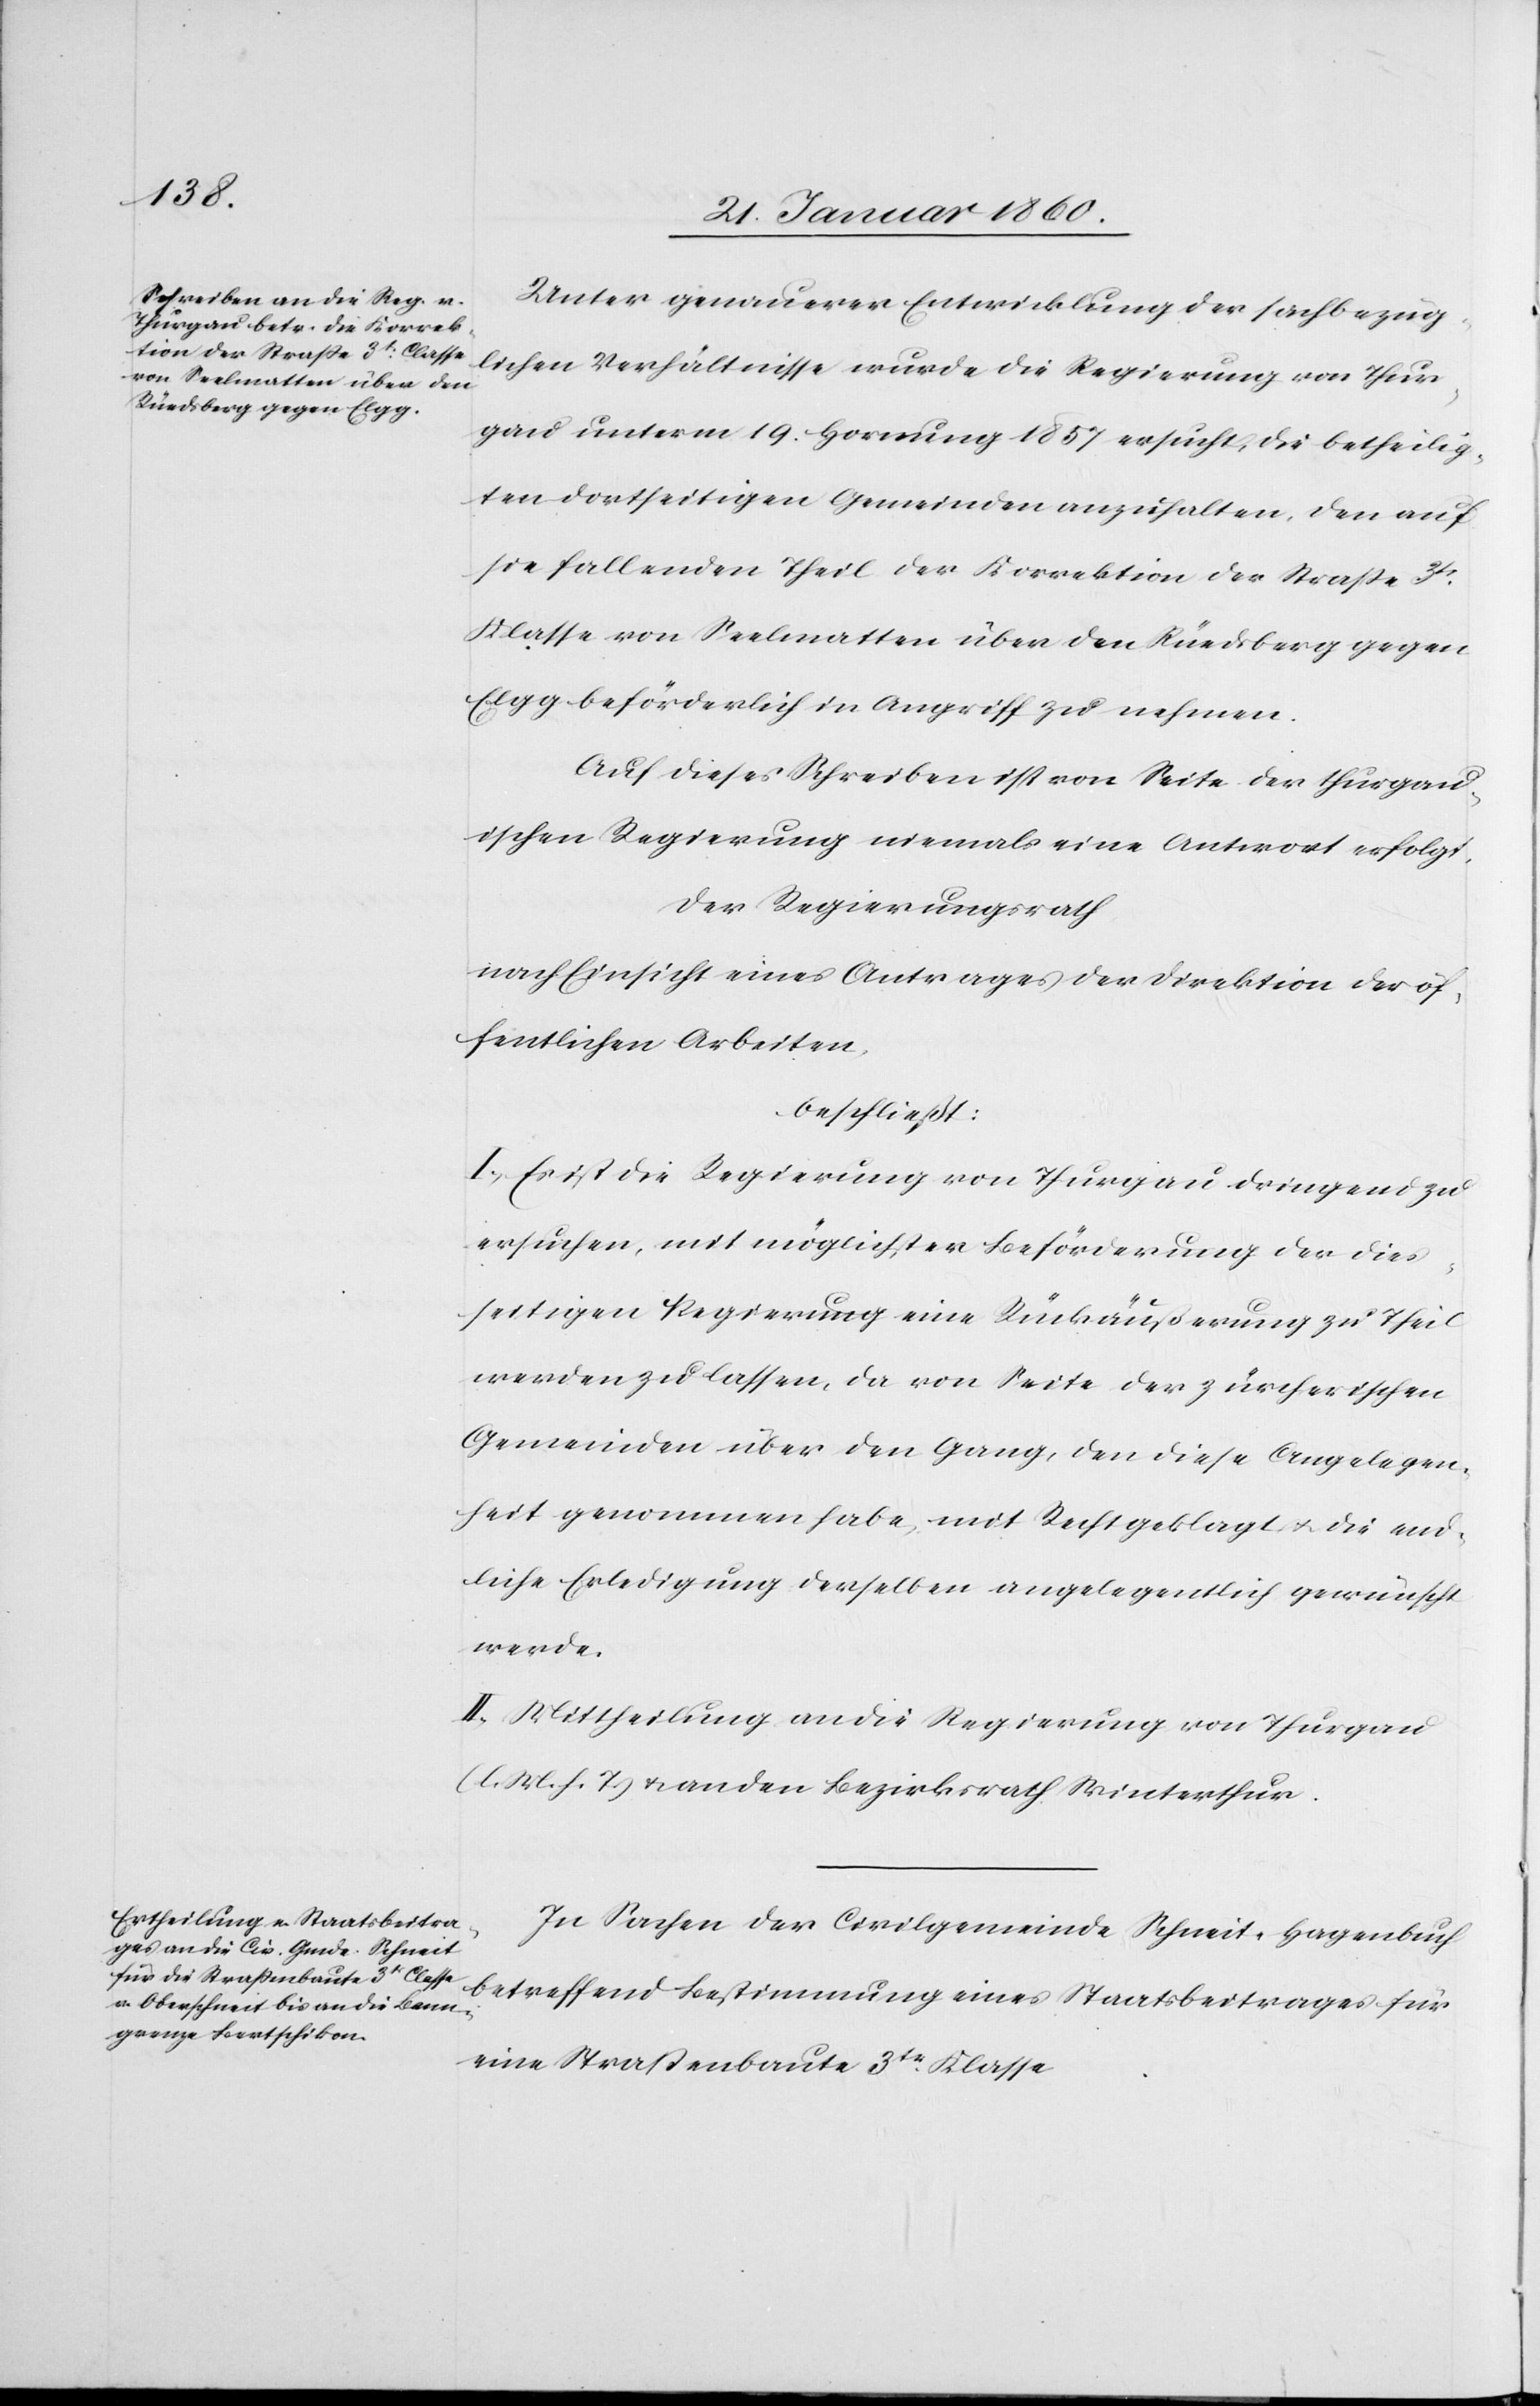
Unter genauerer Entwicklung der sachbezüg¬
lichen Verhältnisse wurde die Regierung von Thur¬
gau unterm 19. Hornung 1857 ersucht, die Betheilig¬
ung dortseitigen Gemeinden anzuhalten, den auf
sie fallenden Theil der Korrektion der Strasse 3tr
Klasse von Seelmatten über den Rüedsberg gegen
Elgg beförderlich in Angriff zu nehmen.
Auf dieses Schreiben ist von Seite der thurgau¬
ischen Regierung niemals eine Antwort erfolgt.
Der Regierungsrath
nach Einsicht eines Antrages der Direktion der öf¬
fentlichen Arbeiten,
beschließt:
I. Es ist die Regierung von Thurgau dringend zu
ersuchen, mit möglichster Beförderung der dies¬
seitigen Regierung eine Rückaußerung zu Theil
werden zu lassen, da von Seite der zürcherischen
Gemeinden über den Gang, den diese Angelegen¬
heit genommen habe, mit Recht geklagt u. die end¬
liche Erledigung derselben angelegentlich gewünscht
werde.
II. Mittheilung an die Regierung von Thurgau
[l. M. v. h. T] u. an den Bezirksrath Winterthur.
In Sachen der Civilgemeinde Schneit-Hagenbuch
betreffend Bestimmung eines Staatsbeitrages für
eine Strassenbaute 3tr Klasse